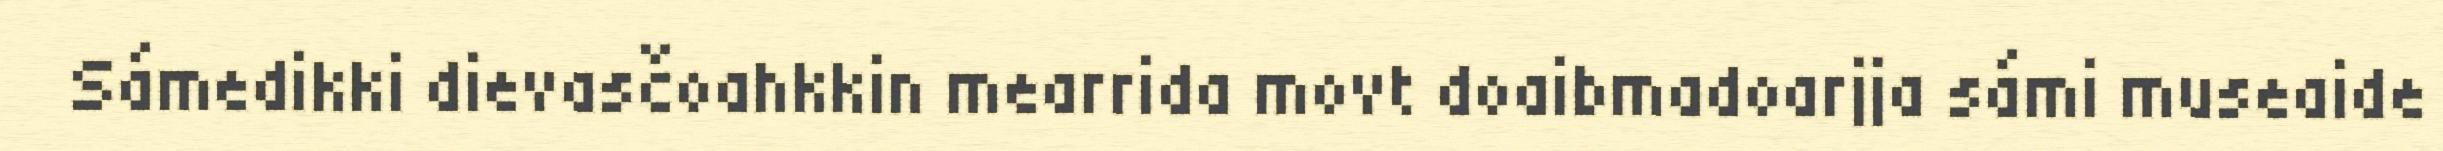
Sámedikki dievasčoahkkin mearrida movt doaibmadoarjja sámi museaide